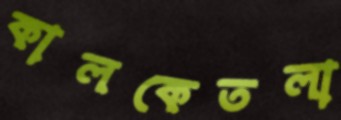
কালকেতলা